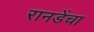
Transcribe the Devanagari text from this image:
रानडेंचा